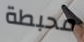
محبطة